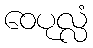
ဝေပုလ္လံ